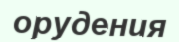
орудения